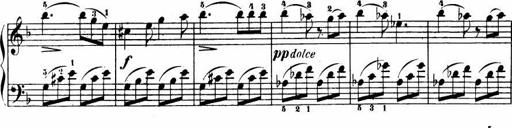
Title: Le bouquetier
Composer: Anton Diabelli
Key: G major
 C major
 F major
 C major